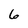
Character: 6